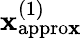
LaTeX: \mathbf{x}_{\mathrm{{appro\mathbf{x}}}}^{(1)}